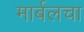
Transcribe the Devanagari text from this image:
मार्बलचा